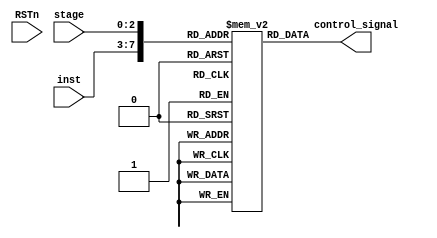
module MicroCode #(
	parameter IWIDTH = 24, // control_signal 
	parameter NDEPTH = 256, // control_signal 
	parameter AWIDTH = 8 // control_signal     index 
) (	
    input wire RSTn,
    input wire[4:0] inst,
    input wire[2:0] stage,
    output wire [IWIDTH-1:0] control_signal // 26 
);
	//Declare the microcode that will store the control signal
    reg [IWIDTH -1:0] MC [NDEPTH-1:0];

	//Define asynchronous read
    reg [AWIDTH-1:0] index;
    always@(*) begin
        index = {inst[4:0],stage[2:0]};    
    end
	assign control_signal = MC[index];

    initial begin
        // 
        // PC_WE_reg, IR_WE_reg, RF_WE_reg, ASel_reg, BSel_reg, ALU_REG_WE_reg, is_sign_reg, pcSel_reg, wbSel_reg, D_MEM_WEN_reg
        // D_MEM_BE_reg == 1111, alu_control_reg, imm_control_reg
        //R-type
        //add
        MC[8'b00000000] <= 24'b110011000000111110000111;// add IF
        MC[8'b00000001] <= 24'b000000000000111110000111;// add ID
        MC[8'b00000010] <= 24'b000000011000111110000111;// add EX
        MC[8'b00000100] <= 24'b001000000000111110000111;// add WB

        //sub
        MC[8'b00001000] <= 24'b110011000000111110000111;// sub IF
        MC[8'b00001001] <= 24'b000000000000111110000111;// sub ID
        MC[8'b00001010] <= 24'b000000011000111110001111;// sub EX
        MC[8'b00001100] <= 24'b001000000000111110001111;// sub WB

        //slt
        MC[8'b00010000] <= 24'b110011000000111110000111;// slt IF
        MC[8'b00010001] <= 24'b000000000000111110000111;// slt ID
        MC[8'b00010010] <= 24'b000000011000111111000111;// slt EX
        MC[8'b00010100] <= 24'b001000000000111111000111;// slt WB

        //sltu
        MC[8'b00011000] <= 24'b110011000000111110000111;// sltu IF
        MC[8'b00011001] <= 24'b000000000000111110000111;// sltu ID
        MC[8'b00011010] <= 24'b000000010000111111000111;// sltu EX
        MC[8'b00011100] <= 24'b001000000000111111000111;// sltu WB

        //xor
        MC[8'b00100000] <= 24'b110011000000111110000111;// xor IF 
        MC[8'b00100001] <= 24'b000000000000111110000111;// xor ID
        MC[8'b00100010] <= 24'b000000011000111110100111;// xor EX
        MC[8'b00100100] <= 24'b001000000000111110100111;// xor WB

        // or
        MC[8'b00101000] <= 24'b110011000000111110000111;// or IF
        MC[8'b00101001] <= 24'b000000000000111110000111;// or ID
        MC[8'b00101010] <= 24'b000000011000111110011111;// or EX
        MC[8'b00101100] <= 24'b001000000000111110011111;// or WB

        //and
        MC[8'b00110000] <= 24'b110011000000111110000111;// and IF
        MC[8'b00110001] <= 24'b000000000000111110000111;// and ID
        MC[8'b00110010] <= 24'b000000011000111110010111;// and EX
        MC[8'b00110100] <= 24'b001000000000111110010111;// and WB

        //sll
        MC[8'b00111000] <= 24'b110011000000111110000111;// sll IF
        MC[8'b00111001] <= 24'b000000000000111110000111;// sll ID
        MC[8'b00111010] <= 24'b000000011000111110101111;// sll EX
        MC[8'b00111100] <= 24'b001000000000111110101111;// sll WB

        //srl
        MC[8'b01000000] <= 24'b110011000000111110000111;// srl IF
        MC[8'b01000001] <= 24'b000000000000111110000111;// srl ID
        MC[8'b01000010] <= 24'b000000011000111110110111;// srl EX
        MC[8'b01000100] <= 24'b001000000000111110110111;// srl WB

        //sra
        MC[8'b01001000] <= 24'b110011000000111110000111;// sra IF
        MC[8'b01001001] <= 24'b000000000000111110000111;// sra ID
        MC[8'b01001010] <= 24'b000000011000111110111111;// sra EX
        MC[8'b01001100] <= 24'b001000000000111110111111;// sra WB

        //I-type
        //add
        MC[8'b01010000] <= 24'b110011000000111110000010;// add IF
        MC[8'b01010001] <= 24'b000000100000111110000010;// add ID
        MC[8'b01010010] <= 24'b000000111000111110000010;// add EX
        MC[8'b01010100] <= 24'b001000100000111110000010;// add WB

        // //sub
        // MC[8'b01011000] <= 1100110000000 1111 0000// sub IF
        // MC[8'b01011001] <= 0000001000000 1111 0000// sub ID
        // MC[8'b01011010] <= 0000001110000 1111 00// sub EX
        // MC[8'b01011100] <= 0010001000000 1111// sub WB

        //slt
        MC[8'b01100000] <= 24'b110011000000111110000010;// slt IF
        MC[8'b01100001] <= 24'b000000100000111110000010;// slt ID
        MC[8'b01100010] <= 24'b000000111000111111000010;// slt EX
        MC[8'b01100100] <= 24'b001000100000111111000010;// slt WB

        //sltu
        MC[8'b01101000] <= 24'b110011000000111110000010;// sltu IF
        MC[8'b01101001] <= 24'b000000100000111110000010;// sltu ID
        MC[8'b01101010] <= 24'b000000110000111111000010;// sltu EX
        MC[8'b01101100] <= 24'b001000100000111111000010;// sltu WB

        //xor
        MC[8'b01110000] <= 24'b110011000000111110000010;// xor IF
        MC[8'b01110001] <= 24'b000000100000111110000010;// xor ID
        MC[8'b01110010] <= 24'b000000111000111110100010;// xor EX
        MC[8'b01110100] <= 24'b001000100000111110100010;// xor WB

        //or
        MC[8'b01111000] <= 24'b110011000000111110000010;// or IF
        MC[8'b01111001] <= 24'b000000100000111110000010;// or ID
        MC[8'b01111010] <= 24'b000000111000111110011010;// or EX
        MC[8'b01111100] <= 24'b001000100000111110011010;// or WB

        //and
        MC[8'b10000000] <= 24'b110011000000111110000010;// and IF
        MC[8'b10000001] <= 24'b000000100000111110000010;// and ID
        MC[8'b10000010] <= 24'b000000111000111110010010;// and EX
        MC[8'b10000100] <= 24'b001000100000111110010010;// and WB

        //sll
        MC[8'b10001000] <= 24'b110011000000111110000101;// sll IF
        MC[8'b10001001] <= 24'b000000100000111110000101;// sll ID
        MC[8'b10001010] <= 24'b000000111000111110101101;// sll EX
        MC[8'b10001100] <= 24'b001000100000111110101101;// sll WB

        //srl
        MC[8'b10010000] <= 24'b110011000000111110000101;// srl IF
        MC[8'b10010001] <= 24'b000000100000111110000101;// srl ID
        MC[8'b10010010] <= 24'b000000111000111110110101;// srl EX
        MC[8'b10010100] <= 24'b001000100000111110110101;// srl WB

        //sra
        MC[8'b10011000] <= 24'b110011000000111110000101;// sra IF
        MC[8'b10011001] <= 24'b000000100000111110000101;// sra ID
        MC[8'b10011010] <= 24'b000000111000111110111101;// sra EX
        MC[8'b10011100] <= 24'b001000100000111110111101;// sra WB

        //L-type
        //LW
        MC[8'b10100000] <= 24'b110011000000111110000010;// LW IF
        MC[8'b10100001] <= 24'b000000100001111110000010;// LW ID
        MC[8'b10100010] <= 24'b000000111001111110000010;// LW EX
        MC[8'b10100011] <= 24'b000000100001111110000010;// LW MEM
        MC[8'b10100100] <= 24'b001000100001111110000010;// LW WB

        //S-type
        //SW
        MC[8'b10101000] <= 24'b110011000000111110000100;// SW IF
        MC[8'b10101001] <= 24'b000000100000111110000100;// SW ID
        MC[8'b10101010] <= 24'b000000111000111110000100;// SW EX
        MC[8'b10101011] <= 24'b000000100000011110000100;// SW MEM
        
        //JALR
        MC[8'b10110000] <= 24'b010000100110111110000010;// JALR IF
        MC[8'b10110001] <= 24'b000000100110111110000010;// JALR ID
        MC[8'b10110010] <= 24'b100000110110111110000010;// JALR EX
        MC[8'b10110100] <= 24'b001101000110111110000010;// JALR WB
        
        //JAL
        MC[8'b10111000] <= 24'b010010100000111110000001;// JAL IF
        MC[8'b10111000] <= 24'b010010100000111110000001;// JAL ID
        MC[8'b10111010] <= 24'b100010110100111110000001;// JAL EX
        MC[8'b10111100] <= 24'b001101000110111110000001;// JAL WB
            
        //B-type
        //BEQ, BNE, BLT, BGE
        MC[8'b11000000] <= 24'b110011000000111110000011;// BXX IF
        MC[8'b11000001] <= 24'b000100111000111110000011;// BXX ID
        MC[8'b11000010] <= 24'b000000001100111110000011;// BXX EX

        //BLTU,BGEU
        MC[8'b11001000] <= 24'b110011000000111110000011;// BXXU IF
        MC[8'b11001001] <= 24'b000100111000111110000011;// BXXU ID
        MC[8'b11001010] <= 24'b000000000100111110000011;// BXXU EX

        //LUI
        MC[8'b11010000] <= 24'b110011000000111110000000;// LUI IF
        MC[8'b11010100] <= 24'b001011000011111110000000;// LUI WB

        //AUIPC
        MC[8'b11011000] <= 24'b110011000000111110000000;// AUIPC IF
        MC[8'b10011010] <= 24'b000010110000111110000000;// AUIPC EX
        MC[8'b10011100] <= 24'b001010100000111110000000;// AUIPC WB

        //???
        MC[8'b11100000] <= 24'b010011000000111110000000;
        // PC_WE_reg, IR_WE_reg, RF_WE_reg, ASel_reg, BSel_reg, ALU_REG_WE_reg, is_sign_reg, pcSel_reg, wbSel_reg, D_MEM_WEN_reg
        // D_MEM_BE_reg == 1111, alu_control_reg, imm_control_reg
    end

endmodule